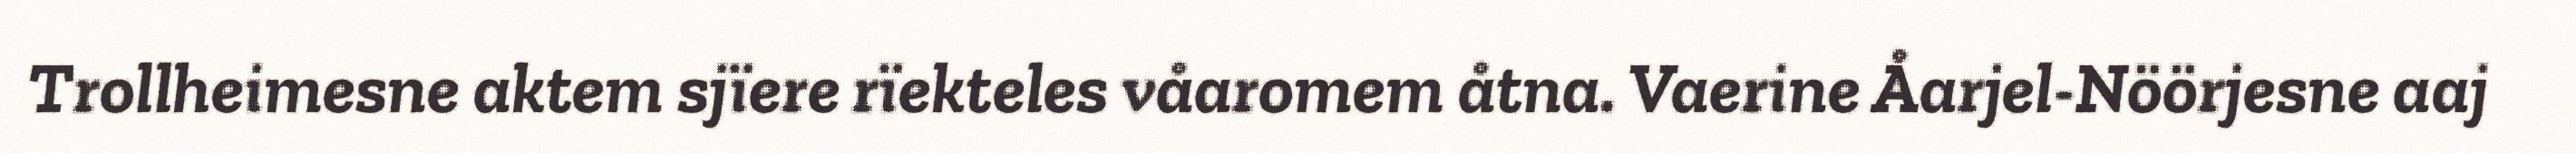
Trollheimesne aktem sjïere rïekteles våaromem åtna. Vaerine Åarjel-Nöörjesne aaj